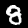
Digit: 8